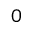
0 \hphantom { . 0 0 0 0 0 }